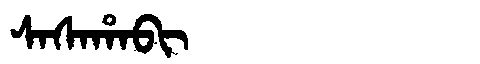
Manchu: ᠰᠠᠰᠠᡥᠠᠪᡳ
Romanization: SASAHABI